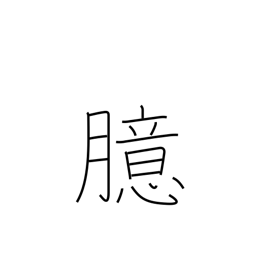
Meaning: mind